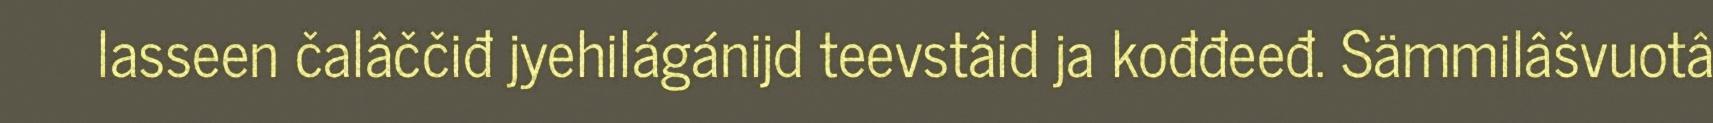
lasseen čalâččiđ jyehilágánijd teevstâid ja kođđeeđ. Sämmilâšvuotâ